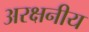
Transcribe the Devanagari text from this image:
अरक्षनीय